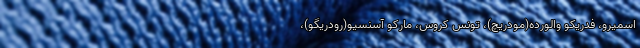
اسمیرو، فدریکو والورده(مودریچ)، تونس کروس، مارکو آسنسیو(رودریگو)،